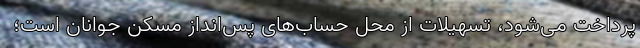
پرداخت می‌شود، تسهیلات از محل حساب‌های پس‌انداز مسکن جوانان است؛